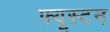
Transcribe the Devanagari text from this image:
फ्यूस्टन